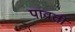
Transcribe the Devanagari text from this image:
पावर्ती